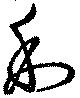
利